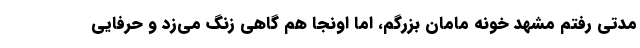
مدتی رفتم مشهد خونه مامان بزرگم، اما اونجا هم گاهی زنگ می‌زد و حرفایی